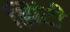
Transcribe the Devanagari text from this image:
झिंटी